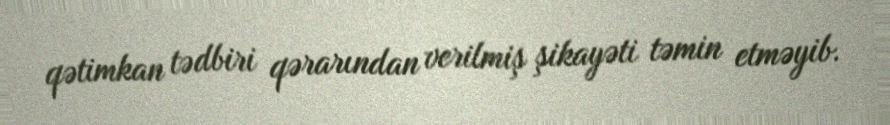
qətimkan tədbiri qərarından verilmiş şikayəti təmin etməyib.